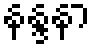
နန္ဒနာ